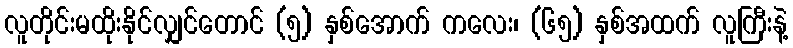
လူတိုင်းမထိုးနိုင်လျှင်တောင် (၅) နှစ်အောက် ကလေး၊ (၆၅) နှစ်အထက် လူကြီးနဲ့